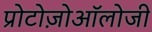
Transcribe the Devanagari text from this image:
प्रोटोज़ोऑलोजी